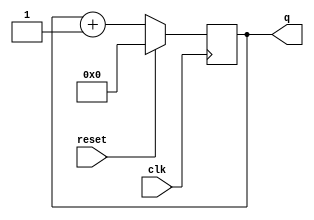
module top_module (
    input clk,
    input reset,      // Synchronous active-high reset
    output [3:0] q);
	
    reg [3:0] count;
    always @(posedge clk) begin
        if(reset)
            count<=0;
        else
            count <= count+1;
    end
    
    assign q=count;
            
endmodule